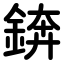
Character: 錛